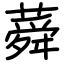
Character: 蕣